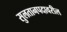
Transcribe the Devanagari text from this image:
सुलतानपदावरील